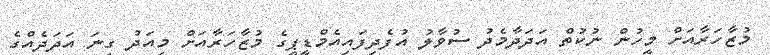
މުޒާހަރާއަށް މީހުން ނުކުތް އަދަދާމެދު ސުވާލު އުފެދިފައިއެމްޑީޕީގެ މުޒާހަރާއަށް މިއަދު ގިނަ އަދަދެއްގެ